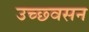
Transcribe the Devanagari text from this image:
उच्छ्वसन